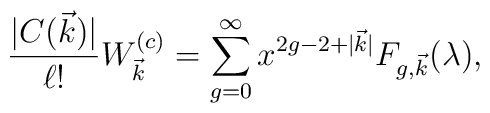
{  |C(\vec{k} )| \over  \ell  !}W^{  (c)}_{\vec{k} } =\sum_{g=0}^{\infty}  x^{  2g-2+|\vec{k} |} F_{g, \vec{k} }(\lambda ),